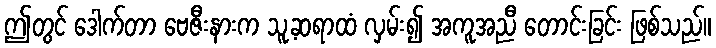
ဤတွင် ဒေါက်တာ ဗေဇီးနားက သူ့ဆရာထံ လှမ်း၍ အကူအညီ တောင်းခြင်း ဖြစ်သည်။